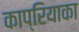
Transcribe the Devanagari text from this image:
काप्रियाका